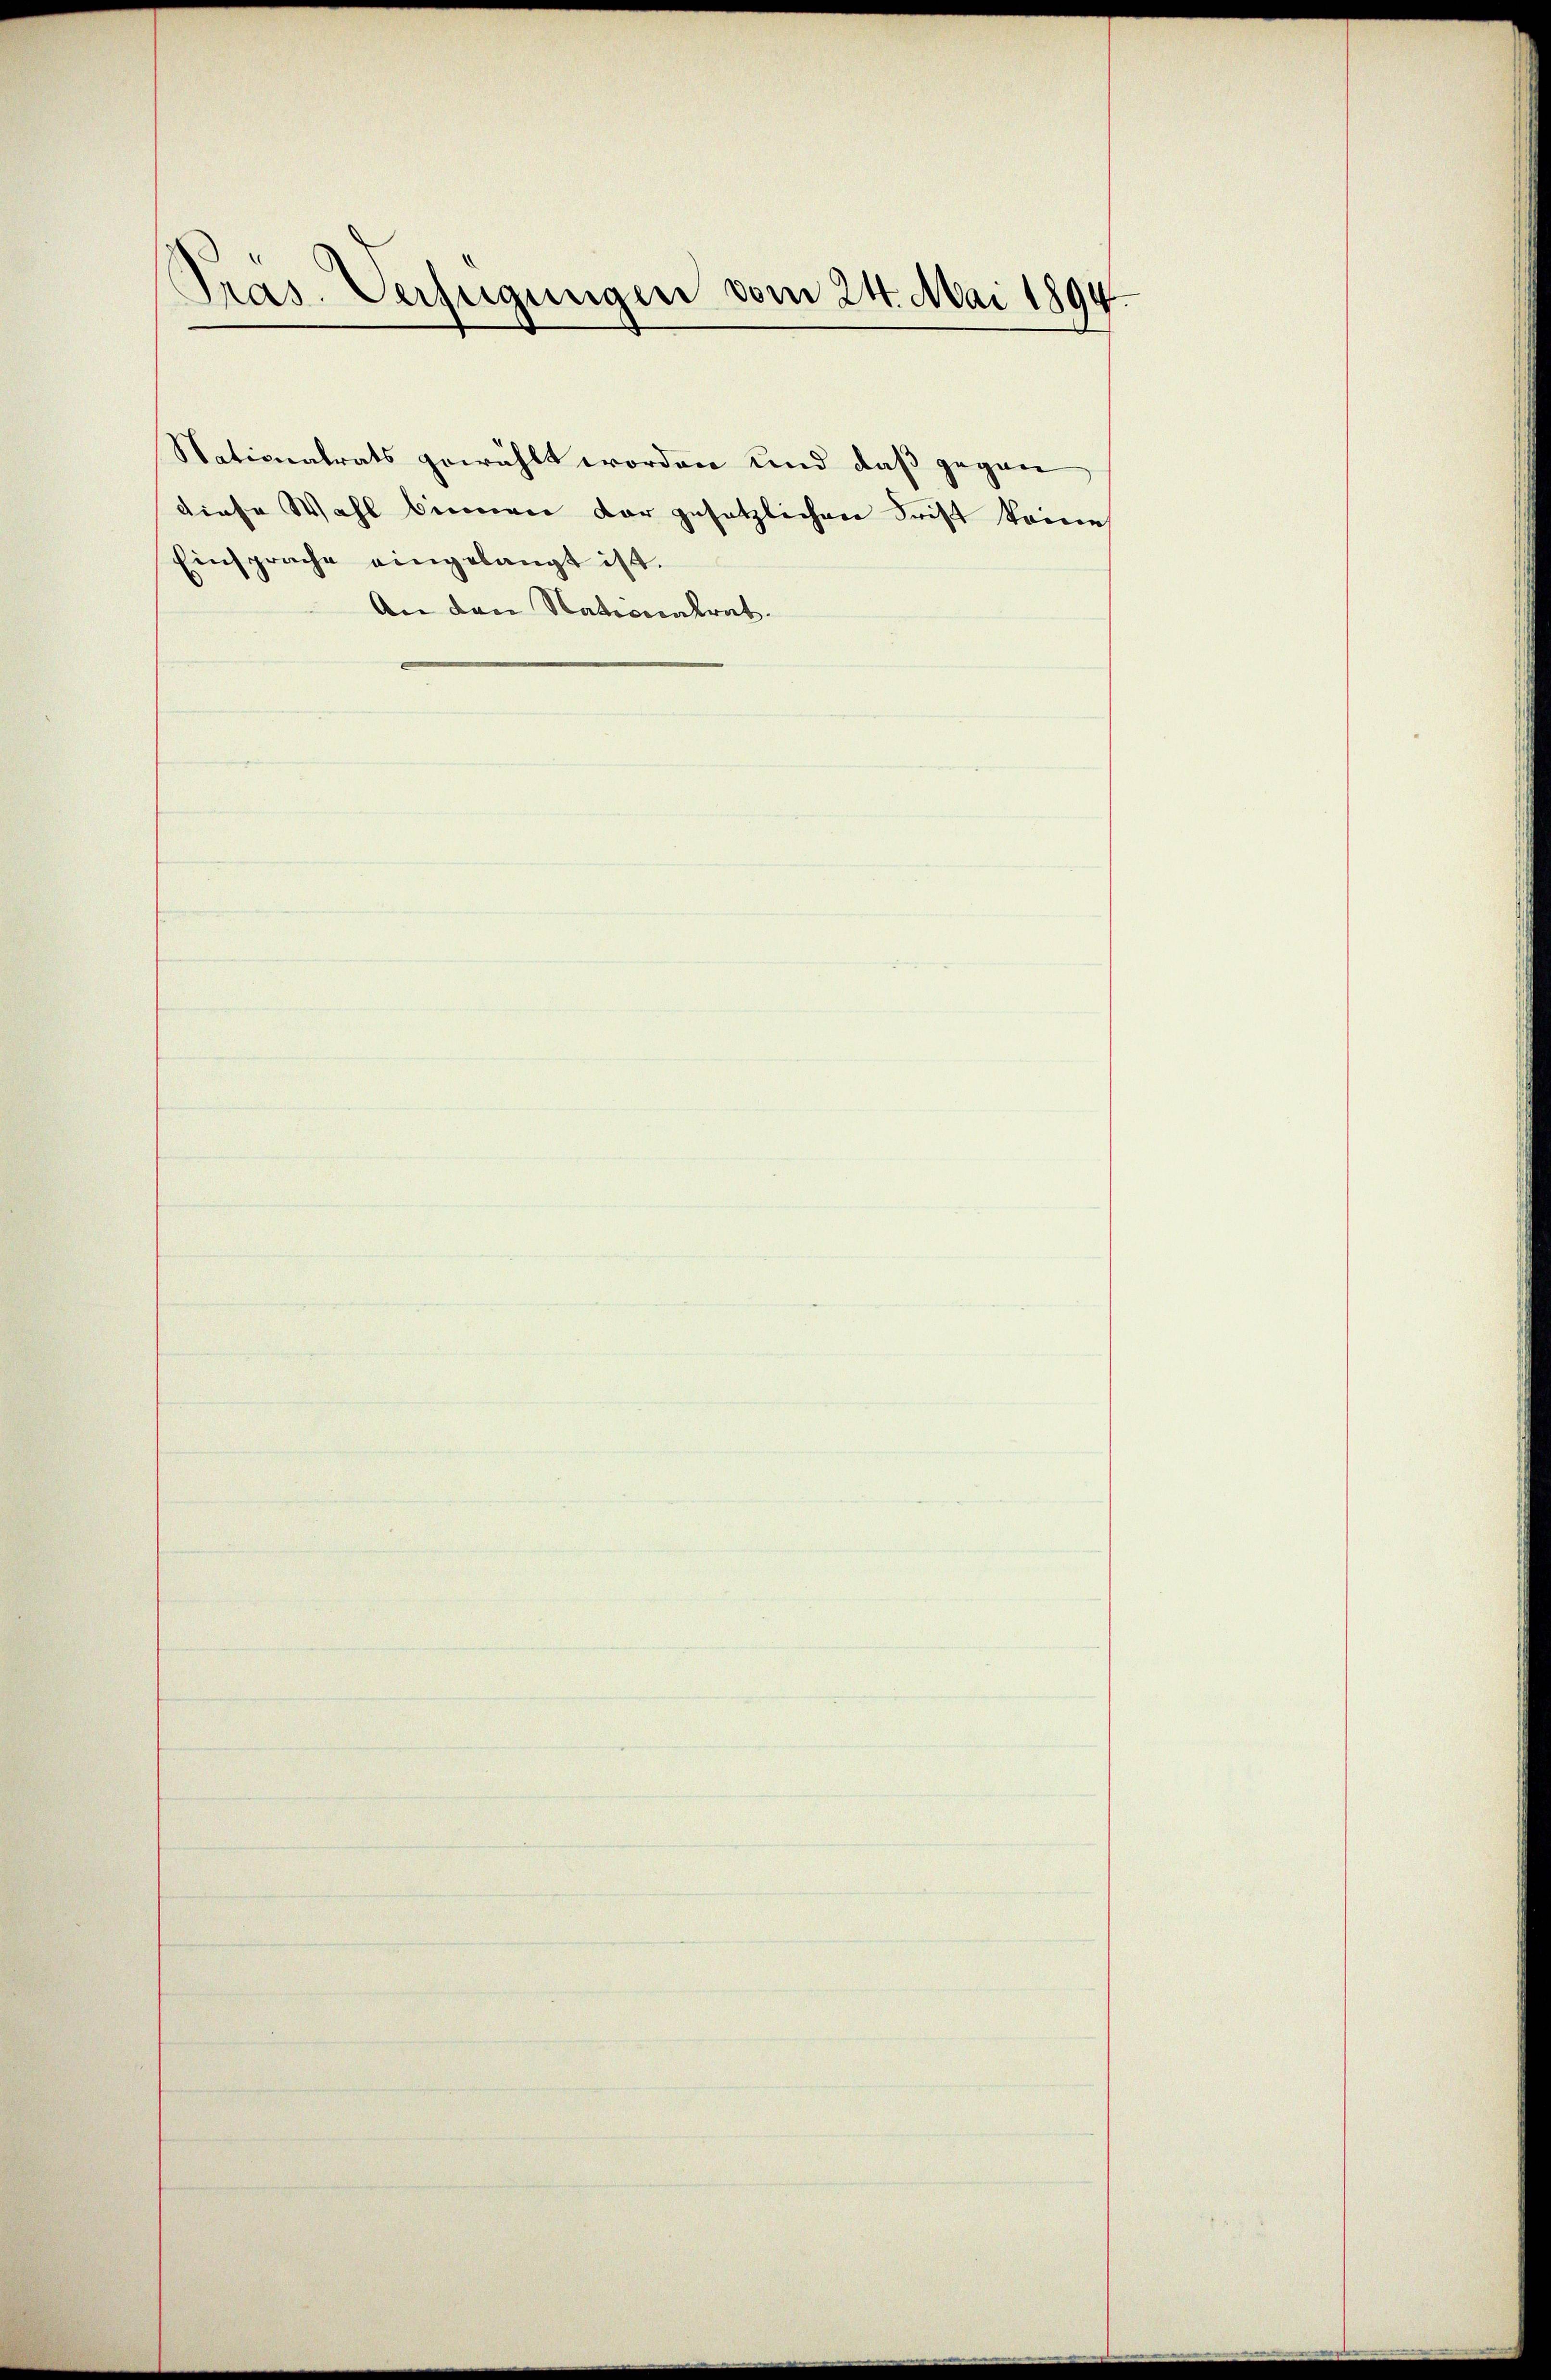
.
Pras. Verfügungen vom 24. Mai 1894.

Nationalrats gewählt worden und daß gegen
diese Wahl binnen dar gesetzlichen Frist keine
Einsprache eingelangt ist.
An den Nationalrat.